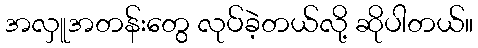
အလှူအတန်းတွေ လုပ်ခဲ့တယ်လို့ ဆိုပါတယ်။